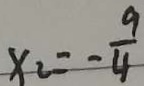
x _ { 2 } = - \frac { 9 } { 4 }